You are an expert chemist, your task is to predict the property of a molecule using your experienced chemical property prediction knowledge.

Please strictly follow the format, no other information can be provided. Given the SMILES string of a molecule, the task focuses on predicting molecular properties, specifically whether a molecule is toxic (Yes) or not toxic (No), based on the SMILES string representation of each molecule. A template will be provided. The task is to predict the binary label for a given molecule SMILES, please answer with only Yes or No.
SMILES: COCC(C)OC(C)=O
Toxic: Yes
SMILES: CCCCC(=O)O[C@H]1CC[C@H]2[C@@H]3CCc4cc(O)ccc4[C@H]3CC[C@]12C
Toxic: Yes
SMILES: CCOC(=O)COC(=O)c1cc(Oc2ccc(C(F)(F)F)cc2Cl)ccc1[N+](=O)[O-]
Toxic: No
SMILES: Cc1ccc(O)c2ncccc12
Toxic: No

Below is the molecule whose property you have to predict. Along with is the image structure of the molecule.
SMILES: O=[N+]([O-])c1cc(I)c(O)c(I)c1
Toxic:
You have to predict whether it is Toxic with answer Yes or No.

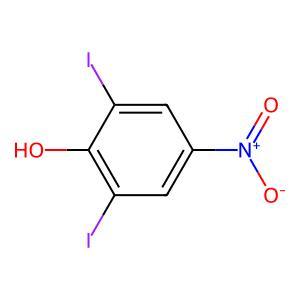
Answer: No